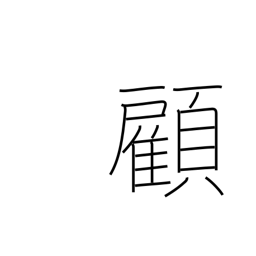
Meaning: look back